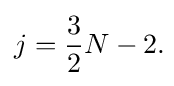
j={\frac {3}{2}}N-2.\!